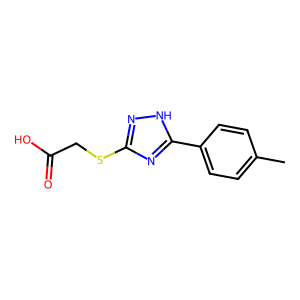
SMILES: Cc1ccc(-c2nc(SCC(=O)O)n[nH]2)cc1
Inhibits HIV replication: No